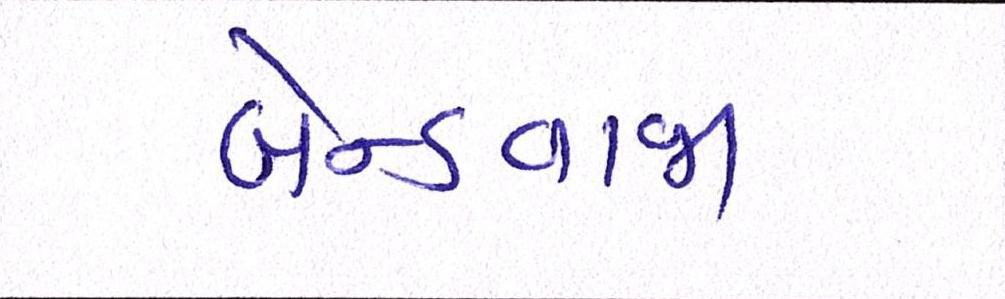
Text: બેન્ડવાજા